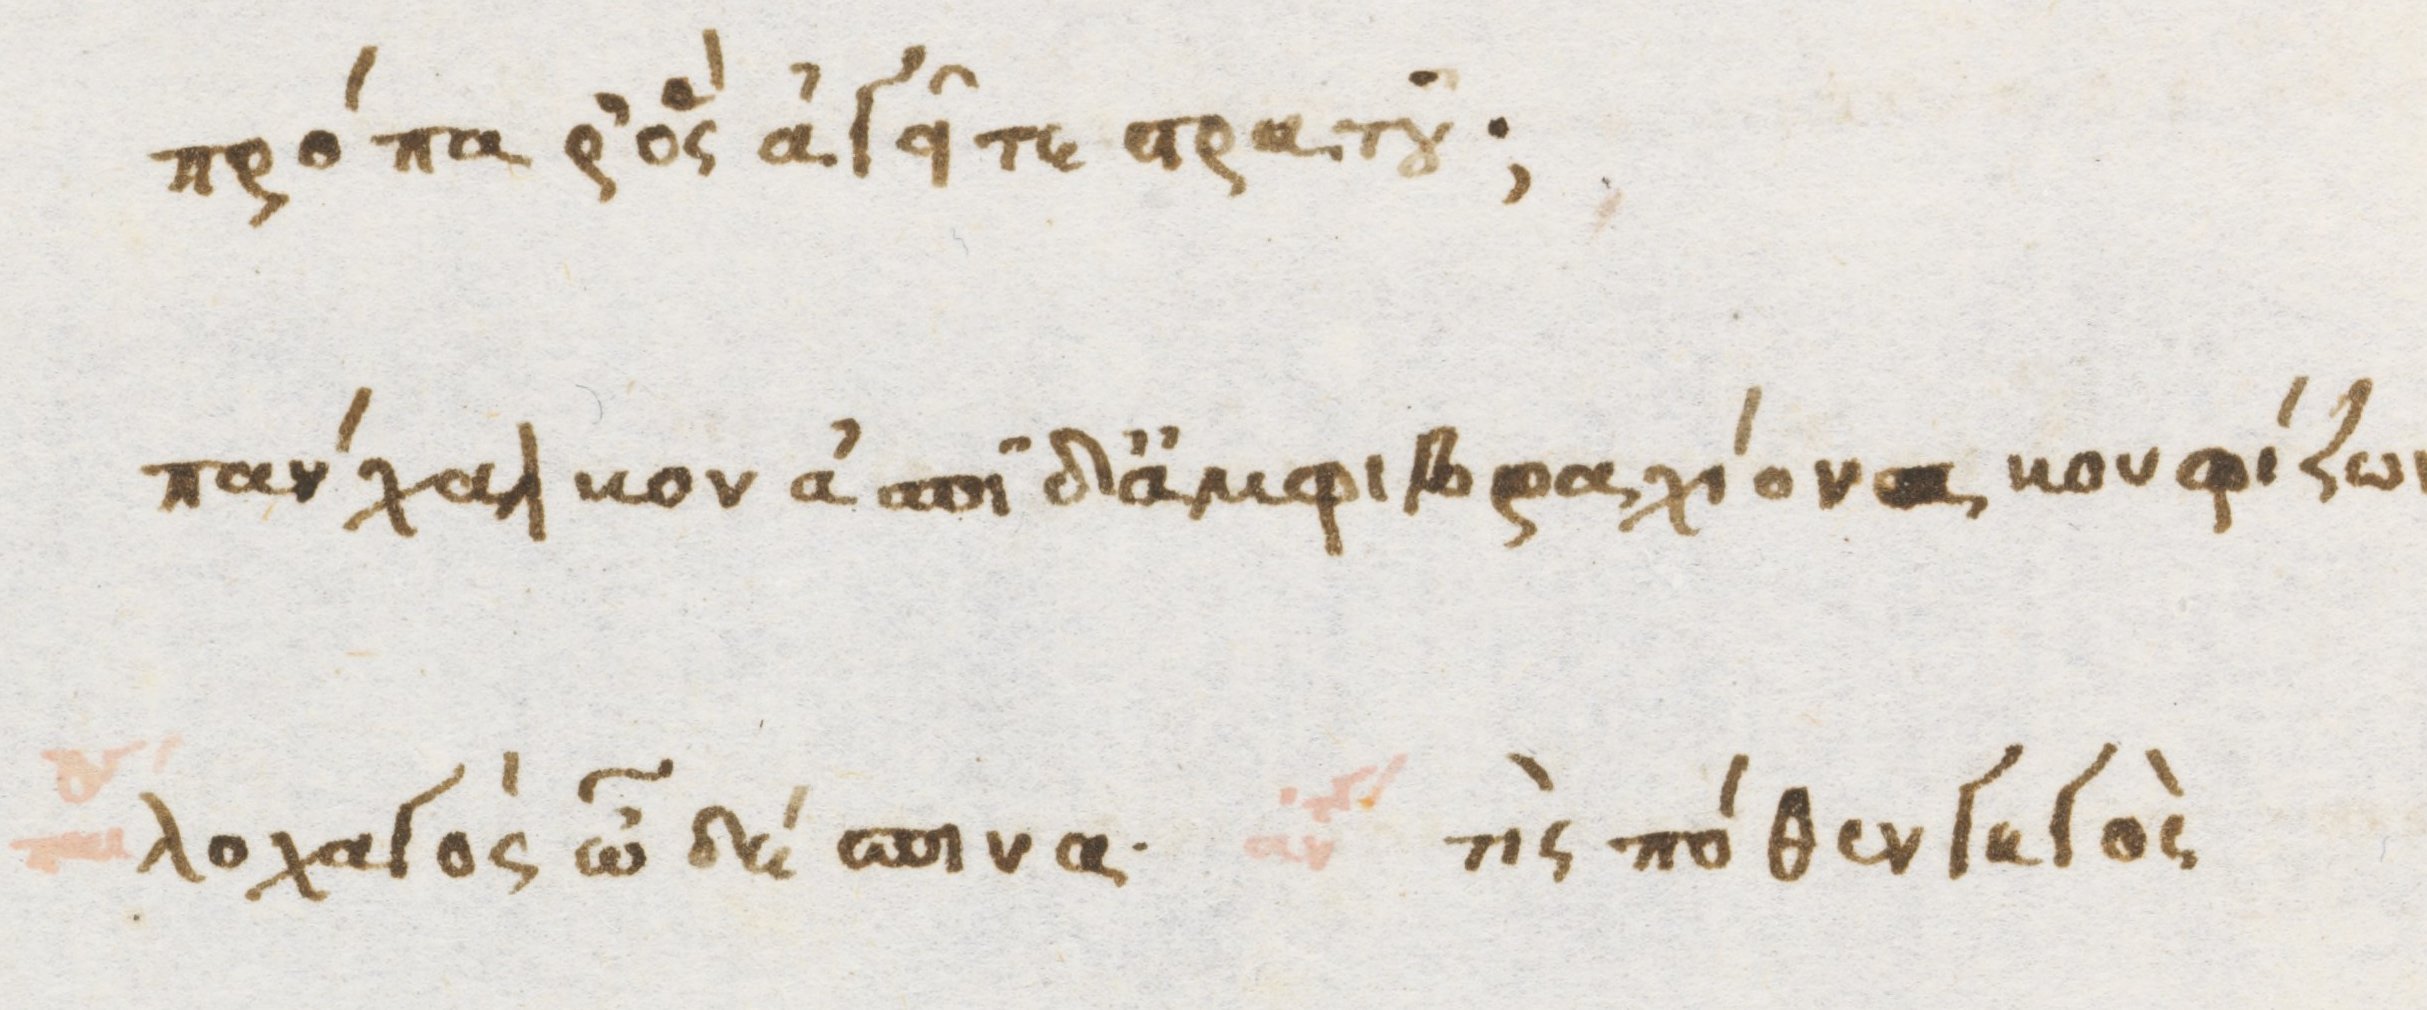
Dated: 1470–1499